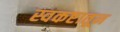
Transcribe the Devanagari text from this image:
स्वकष्टातून